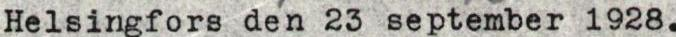
Helsingfors den 23 september 1928